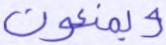
ويمنعون